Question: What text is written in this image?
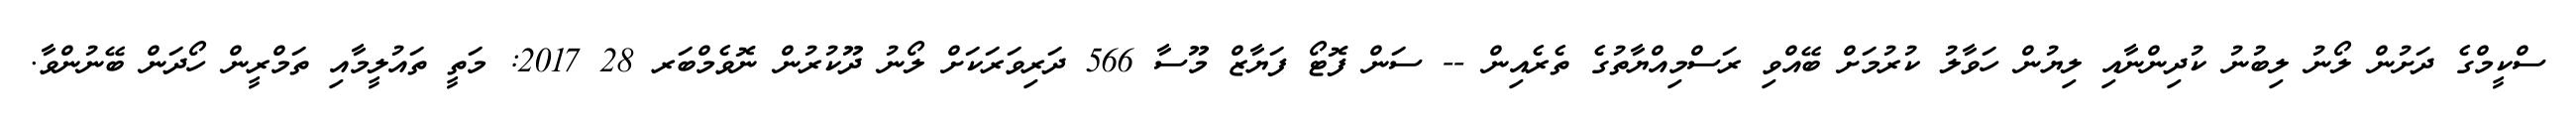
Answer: ސްކީމްގެ ދަށުން ލޯނު ލިބުނު ކުދިންނާއި ލިޔުން ހަވާލު ކުރުމަށް ބޭއްވި ރަސްމިއްޔާތުގެ ތެރެއިން -- ސަން ފޮޓޯ ފަޔާޒް މޫސާ 566 ދަރިވަރަކަށް ލޯނު ދޫކުރުން ނޮވެމްބަރ 28 2017: މަތީ ތައުލީމާއި ތަމްރީން ހޯދަން ބޭނުންވާ.